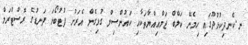
ނ.ކެނދިކުޅުދޫގައި ހިމެނޭ ކަލްބް ޖަމްޢިއްޔާތަކާއި ކައުންސިލް ގުޅިގެން އެރަށު ފުޓުބޯޅަ ދަނޑުގެ ރޮސްޓްރަމް